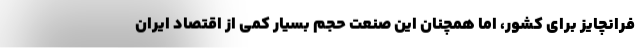
فرانچایز برای کشور، اما همچنان این صنعت حجم بسیار کمی از اقتصاد ایران